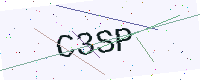
Text: C3SP